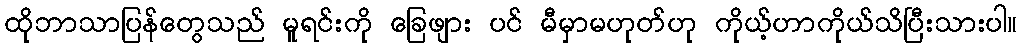
ထိုဘာသာပြန်တွေသည် မူရင်းကို ခြေဖျား ပင် မီမှာမဟုတ်ဟု ကိုယ့်ဟာကိုယ်သိပြီးသားပါ။